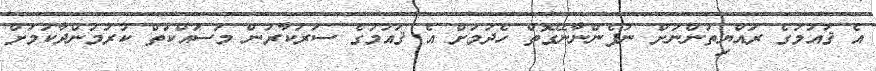
އެ ޤައުމުގެ ރައްޔިތުންނަށް ނުފެންނާނޭގޮތް ހެދުމަށް އެ ޤައުމުގެ ސަރުކާރުން މަސައްކަތް ކުރަމުންދާކަމަށް